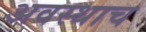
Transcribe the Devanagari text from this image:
अवस्थाच